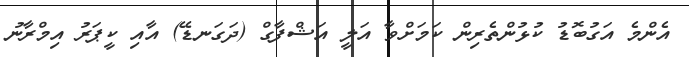
އެންމެ އަގުބޮޑު ކުޅުންތެރިން ކަމަށްވާ އަލީ އަޝްފާގް (ދަގަނޑޭ) އާއި ކީޕަރު އިމްރާނު